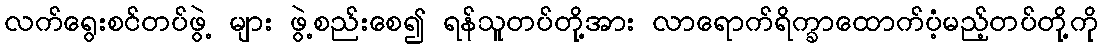
လက်ရွေးစင်တပ်ဖွဲ့ များ ဖွဲ့စည်းစေ၍ ရန်သူတပ်တို့အား လာရောက်ရိက္ခာထောက်ပံ့မည့်တပ်တို့ကို